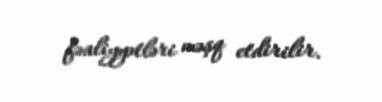
fəaliyyətləri məşq etdirilir.